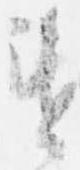
違